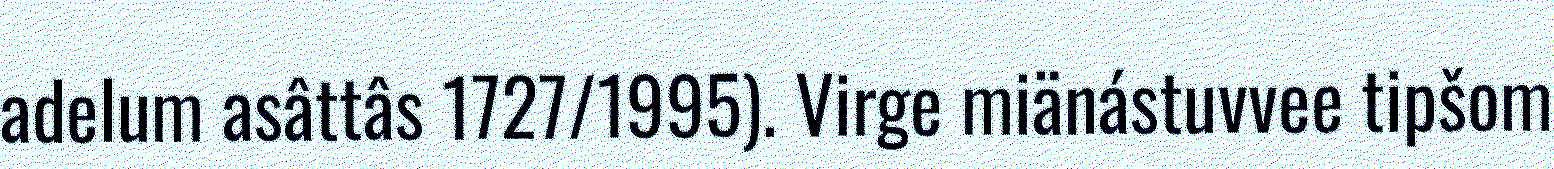
adelum asâttâs 1727/1995). Virge miänástuvvee tipšom